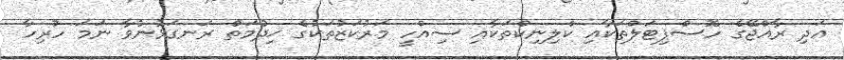
އަދި ރާއްޖޭގެ ހޮސްޕިޓަލްތަކާއި ކްލިނިކްތަކާއި ސިއްހީ މަރުކަޒުތަކުގެ ޚިދުމަތް ރަނގަޅުނުވާ ނަމަ ހުރިހާ